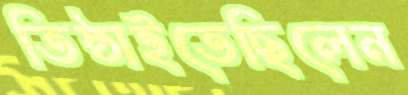
তিষ্ঠাইতেছিলেন